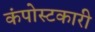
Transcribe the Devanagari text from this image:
कंपोस्टकारी